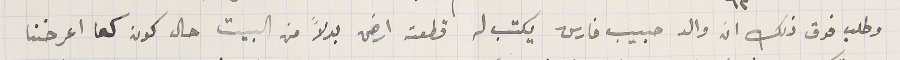
وطلب فوق ذلك ان والد حبيب فارس يكتب له قطعة ارض بدلاً من البيت حال كون كما اعرضنا